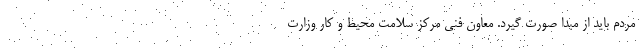
مردم باید از مبدا صورت گیرد. معاون فنی مرکز سلامت محیط و کار وزارت